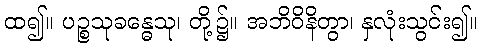
ထ၍။ ပဉ္စသုခန္ဓေသု၊ တို့၌။ အဘိဝိနိတွာ၊ နှလုံးသွင်း၍။